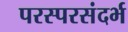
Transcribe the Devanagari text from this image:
परस्परसंदर्भ